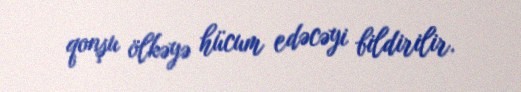
qonşu ölkəyə hücum edəcəyi bildirilir.